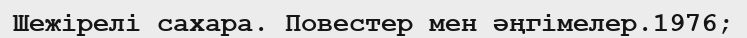
Шежірелі сахара. Повестер мен әңгімелер.1976;